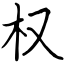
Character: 权